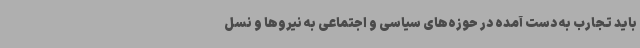
باید تجارب به دست آمده در حوزه‌های سیاسی و اجتماعی به نیروها و نسل